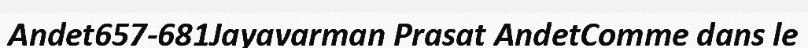
Andet657-681Jayavarman Prasat AndetComme dans le